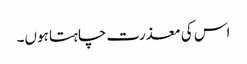
اس کی معذرت چاہتا ہوں۔